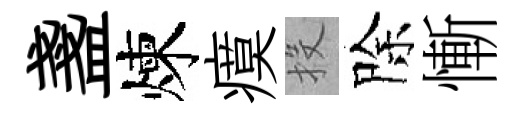
盞煉瘼投除慚